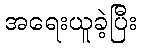
အရေးယူခဲ့ပြီး